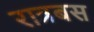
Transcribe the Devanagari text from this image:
रात्रबस